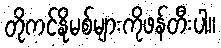
တိုကင်နိုမစ်များကိုဖန်တီးပါ။